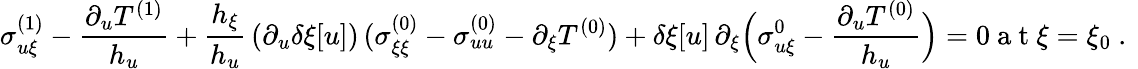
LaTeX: {\sigma_{u\xi}^{(1)}-\frac{\partial_{u}T^{(1)}}{h_{u}}}+\frac{h_{\xi}}{h_{u}}\, (\partial_{u}\delta\xi[u])\, (\sigma_{\xi\xi}^{(0)}-\sigma_{uu}^{(0)}-\partial_{\xi}T^{(0)})+\delta\xi[u]\, \partial_{\xi}\Big(\sigma_{u\xi}^{0}-\frac{\partial_{u}T^{(0)}}{h_{u}}\Big)=0\mathrm{~a~t~}\xi=\xi_{0}\ .\